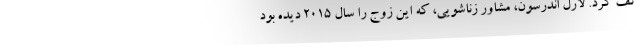
تف کرد. لارل اندرسون، مشاور زناشویی، که این زوج را سال ۲۰۱۵ دیده بود